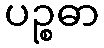
ပဉ္စဓာ